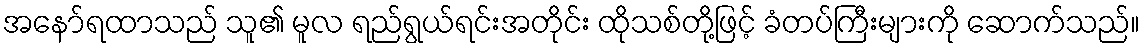
အနော်ရထာသည် သူ၏ မူလ ရည်ရွယ်ရင်းအတိုင်း ထိုသစ်တို့ဖြင့် ခံတပ်ကြီးများကို ဆောက်သည်။